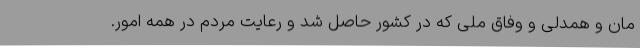
مان و همدلی و وفاق ملی که در کشور حاصل شد و رعایت مردم در همه امور.